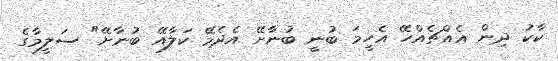
ކާކު ދިން އެއްޗެއްހޭ އެހީމަ ބުނީ ބުނާށޭ އެދެމޭ ކަލާއޭ ބުނާށޭ" ސަލީމާގެ